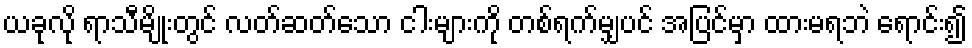
ယခုလို ရာသီမျိုးတွင် လတ်ဆတ်သော ငါးများကို တစ်ရက်မျှပင် အပြင်မှာ ထားမရဘဲ ရောင်း၍